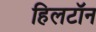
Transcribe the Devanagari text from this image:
हिलटॉन